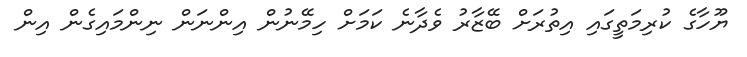
ޔޫހާގެ ކުރިމަތީގައި އިތުރަށް ބޭޒާރު ވެދާނެ ކަމަށް ހިމޭނުން އިންނަން ނިންމައިގެން އިން